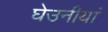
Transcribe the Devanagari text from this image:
घेउनीयां